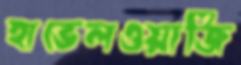
হাভেলওয়াজি